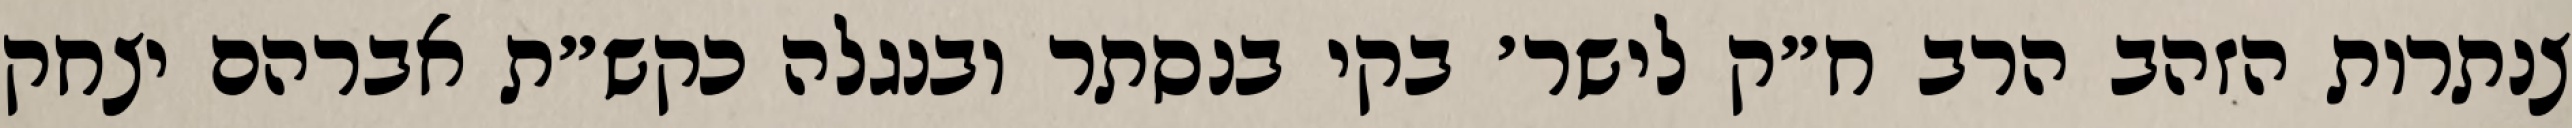
צנתרות הזהב הרב ח״ק לישר׳ בקי בנסתר ובנגלה כקש״ת אברהם יצחק